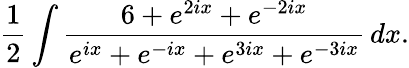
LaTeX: {\frac{1}{2}}\int{\frac{6+e^{2ix}+e^{-2ix}}{e^{ix}+e^{-ix}+e^{3ix}+e^{-3ix}}}\, dx.